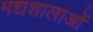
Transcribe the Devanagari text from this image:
मद्यशालाओं